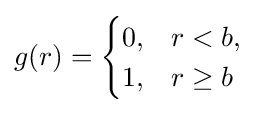
g(r)={\begin{cases}0,&r<b,\\1,&r\geq {}b\end{cases}}